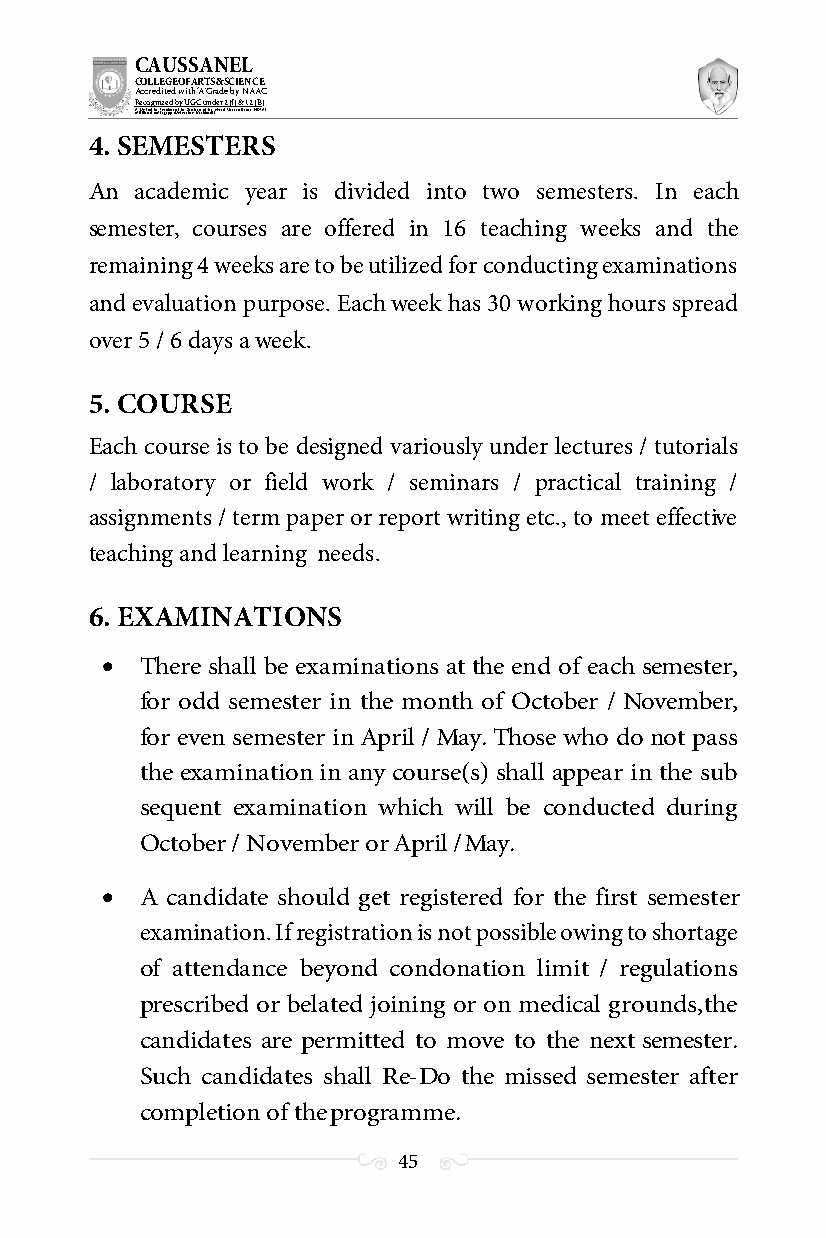
CAUSSANEL
 COLLEGE OF ARTS & SCIENCE
 Accredited with ‘A’ Grade by NAAC
 Recognized by UGC under 2 (f) & 12 (B)
 ((AA fUfilniaitt eodf ttoh eA Ilnasgtaitpuptae oUfn tihvee rBsirtoy,t hKerasr aoifk uthdei )S acred Heart of Jesus, INDIA)
 4. SEMESTERS
 An academic year is divided into two semesters. In each
 semester, courses are offered in 16 teaching weeks and the
 remaining 4 weeks are to be utilized for conducting examinations
 and evaluation purpose. Each week has 30 working hours spread
 over 5 / 6 days a week.
 5. COURSE
 Each course is to be designed variously under lectures / tutorials
 / laboratory or field work / seminars / practical training /
 assignments / term paper or report writing etc., to meet effective
 teaching and learning needs.
 6. EXAMINATIONS
  There shall be examinations at the end of each semester,
 for odd semester in the month of October / November,
 for even semester in April / May. Those who do not pass
 the examination in any course(s) shall appear in the sub
 sequent examination which will be conducted during
 October / November or April / May.
  A candidate should get registered for the first semester
 examination. If registration is not possible owing to shortage
 of attendance beyond condonation limit / regulations
 prescribed or belated joining or on medical grounds, the
 candidates are permitted to move to the next semester.
 Such candidates shall Re-Do the missed semester after
 completion of the programme.
 45